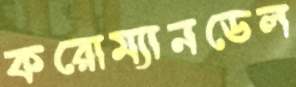
করোম্যানডেল